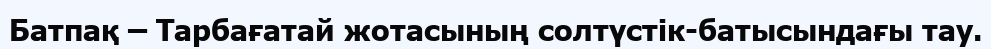
Батпақ – Тарбағатай жотасының солтүстік-батысындағы тау.